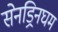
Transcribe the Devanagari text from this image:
सेनड्रिनघम